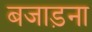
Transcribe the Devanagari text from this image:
बजाड़ना